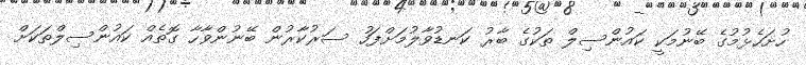
ހުށަހެޅުމުގެ ބޭނުމަކީ ކައުންސިލް ތަކުގެ ބާރު ކަނޑުވާލުމަށްފަހު ސަރުކާރުން ބޭނުންވާހާ ގޮތެއް ކައުންސިލްތަކަށް